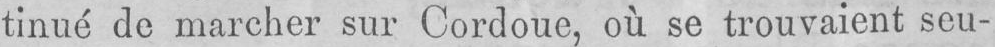
tinué de marcher sur Cordoue, où se trouvaient seu-